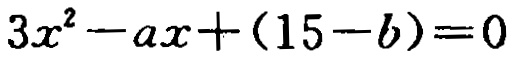
\(3x^{2}-ax+(15 - b)=0\)